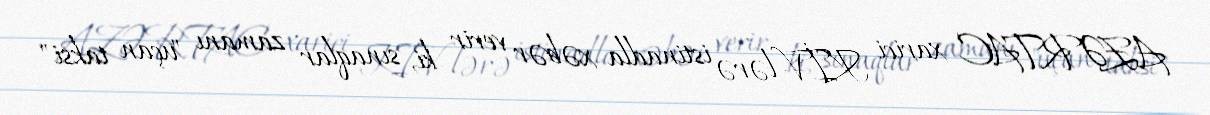
AZƏRTAC xarici KİV-lərə istinadla xəbər verir ki, sınaqlar zamanı "uçan taksi"